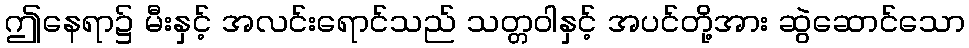
ဤနေရာ၌ မီးနှင့် အလင်းရောင်သည် သတ္တဝါနှင့် အပင်တို့အား ဆွဲဆောင်သော